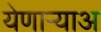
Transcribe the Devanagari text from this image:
येणार्‍याअ